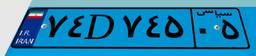
۶۹D۴۸۹۳۵